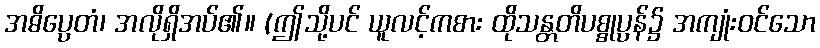
အဓိပ္ပေတံ၊ အလိုရှိအပ်၏။ (ဤသို့ပင် ယူလင့်ကစား ထိုသန္တတိပစ္စုပ္ပန်၌ အကျုံးဝင်သော